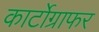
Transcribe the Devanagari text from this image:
कार्टोग्राफर